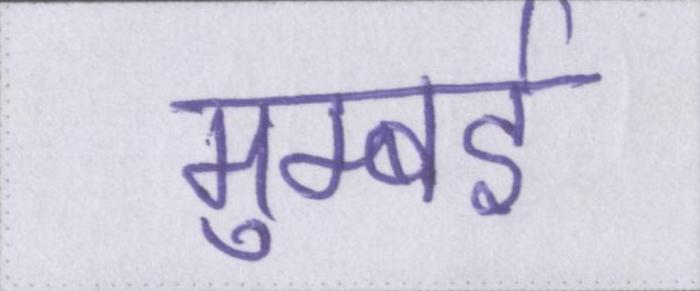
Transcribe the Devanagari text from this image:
मुम्बई